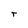
Character: T